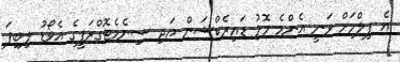
އެ ފިލްމަށް ވަނީ އެންމެ މޮޅު ޑައިރެކްޝަން އަދި ސިނެމެޓޮގްރަފީގެ އެވޯޑު ލިބިފަ